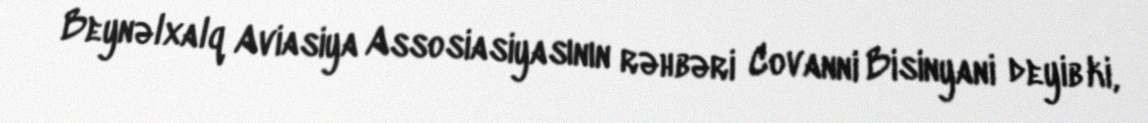
Beynəlxalq Aviasiya Assosiasiyasının rəhbəri Covanni Bisinyani deyib ki,